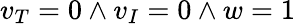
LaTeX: v_{T}=0\land v_{I}=0\land w=1